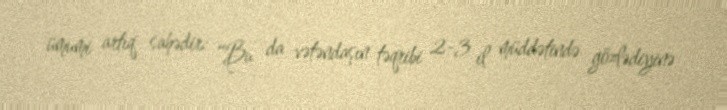
ümumi artıq sahədir: “Bu da vətəndaşın təqribi 2-3 il müddətində gözlədiyinə